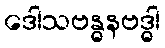
ဒေါသဗန္ဓနဗဒ္ဓါ